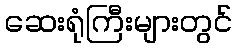
ဆေးရုံကြီးများတွင်